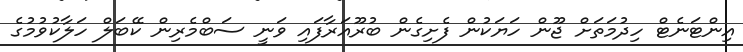
އިންޓަނެޓް ހިދުމަތަށް ޖޫން ހަޔަކުން ފެށިގެން ބުރޫއަރާފައި ވަނީ ސަބްމެރިން ކޭބަލް ހަލާކުވުމުގެ